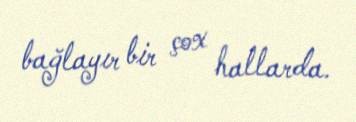
bağlayır bir çox hallarda.